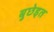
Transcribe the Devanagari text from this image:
बुछेइत